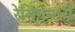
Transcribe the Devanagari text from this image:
रेसिंगमध्ये